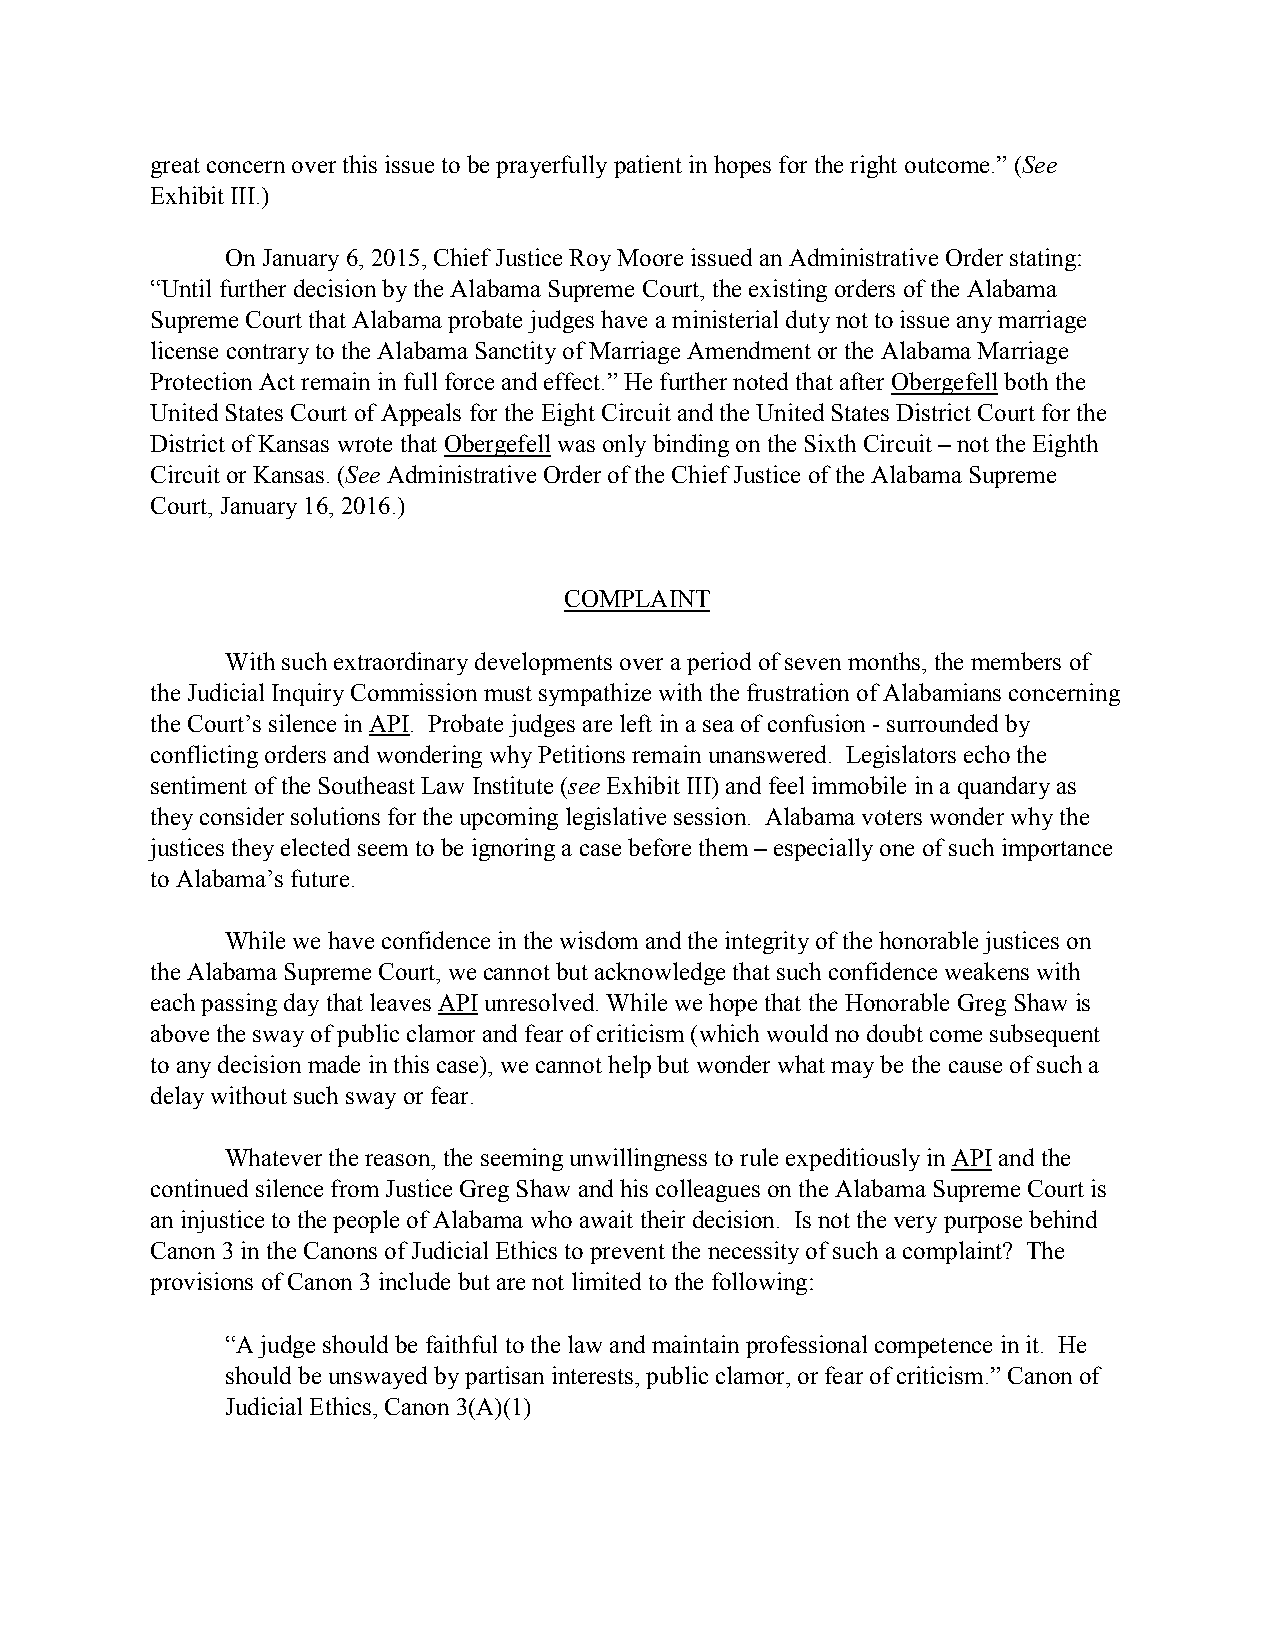
great concern over this issue to be prayerfully patient in hopes for the right outcome.” (See
 Exhibit III.)
 On January 6, 2015, Chief Justice Roy Moore issued an Administrative Order stating:
 “Until further decision by the Alabama Supreme Court, the existing orders of the Alabama
 Supreme Court that Alabama probate judges have a ministerial duty not to issue any marriage
 license contrary to the Alabama Sanctity of Marriage Amendment or the Alabama Marriage
 Protection Act remain in full force and effect.” He further noted that after Obergefell both the
 United States Court of Appeals for the Eight Circuit and the United States District Court for the
 District of Kansas wrote that Obergefell was only binding on the Sixth Circuit – not the Eighth
 Circuit or Kansas. (See Administrative Order of the Chief Justice of the Alabama Supreme
 Court, January 16, 2016.)
 COMPLAINT
 With such extraordinary developments over a period of seven months, the members of
 the Judicial Inquiry Commission must sympathize with the frustration of Alabamians concerning
 the Court’s silence in API. Probate judges are left in a sea of confusion - surrounded by
 conflicting orders and wondering why Petitions remain unanswered. Legislators echo the
 sentiment of the Southeast Law Institute (see Exhibit III) and feel immobile in a quandary as
 they consider solutions for the upcoming legislative session. Alabama voters wonder why the
 justices they elected seem to be ignoring a case before them – especially one of such importance
 to Alabama’s future.
 While we have confidence in the wisdom and the integrity of the honorable justices on
 the Alabama Supreme Court, we cannot but acknowledge that such confidence weakens with
 each passing day that leaves API unresolved. While we hope that the Honorable Greg Shaw is
 above the sway of public clamor and fear of criticism (which would no doubt come subsequent
 to any decision made in this case), we cannot help but wonder what may be the cause of such a
 delay without such sway or fear.
 Whatever the reason, the seeming unwillingness to rule expeditiously in API and the
 continued silence from Justice Greg Shaw and his colleagues on the Alabama Supreme Court is
 an injustice to the people of Alabama who await their decision. Is not the very purpose behind
 Canon 3 in the Canons of Judicial Ethics to prevent the necessity of such a complaint? The
 provisions of Canon 3 include but are not limited to the following:
 “A judge should be faithful to the law and maintain professional competence in it. He
 should be unswayed by partisan interests, public clamor, or fear of criticism.” Canon of
 Judicial Ethics, Canon 3(A)(1)